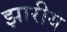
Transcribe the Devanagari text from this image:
झारीय